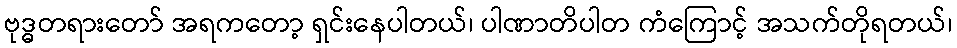
ဗုဒ္ဓတရားတော် အရကတော့ ရှင်းနေပါတယ်၊ ပါဏာတိပါတ ကံကြောင့် အသက်တိုရတယ်၊